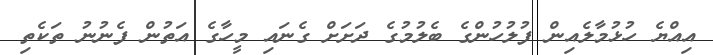
އިއްޔެ ހުޅުމާލެއިން ފުލުހުންގެ ބެލުމުގެ ދަށަށް ގެނައި މީހާގެ އަތުން ފެނުނު ތަކެތި